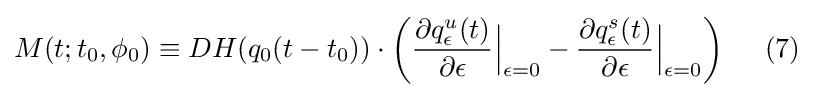
{M(t;t_{0},\phi _{0})\equiv DH(q_{0}(t-t_{0}))\cdot \left({\frac {\partial q_{\epsilon }^{u}(t)}{\partial \epsilon }}{\Big |}_{\epsilon =0}-{\frac {\partial q_{\epsilon }^{s}(t)}{\partial \epsilon }}{\Big |}_{\epsilon =0}\right)~\ ~\ {(7)}}